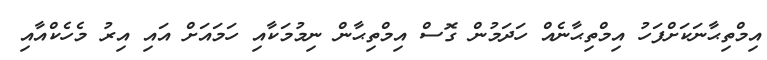
އިމްތިޙާނަކަށްފަހު އިމްތިޙާނެއް ހަދަމުން ގޮސް އިމްތިޙާން ނިމުމަކާއި ހަމައަށް އައި އިރު މެހެކްއާއި